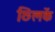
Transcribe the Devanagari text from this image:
छिलकें